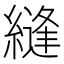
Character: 縫